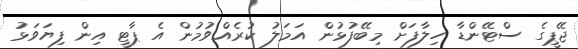
ޖޭޕީގެ ސްޓޭންޑާ ހިލާފަށް މިބޭފުޅުން އަމަލު ކުރެއްވުމުން އެ ޕާޓީ އިން ފިޔަވަޅު